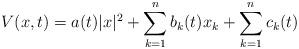
LaTeX: \begin{align*} V(x,t)=a(t)|x|^2+\sum_{k=1}^n b_k(t) x_k+\sum_{k=1}^n c_k(t)\end{align*}